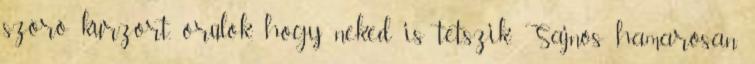
szóró kurzort, örülök, hogy neked is tetszik. Sajnos hamarosan